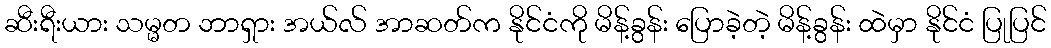
ဆီးရီးယား သမ္မတ ဘာရှား အယ်လ် အာဆတ်က နိုင်ငံကို မိန့်ခွန်း ပြောခဲ့တဲ့ မိန့်ခွန်း ထဲမှာ နိုင်ငံ ပြုပြင်